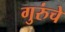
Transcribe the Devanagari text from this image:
गुरुंचे